King Institute of Preventive Medicine Micro-Biological Section reports 1912-19
Year: 1912
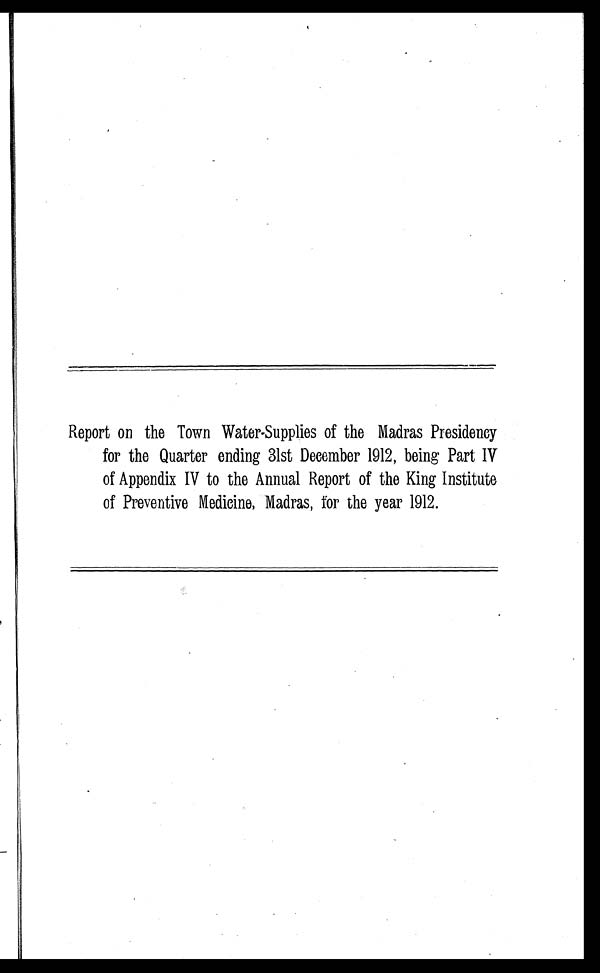
Report on the Town Water-Supplies of the Madras Presidency
for the Quarter ending 31st December 1912, being Part IV
of Appendix IV to the Annual Report of the King Institute
of Preventive Medicine, Madras, for the year 1912.